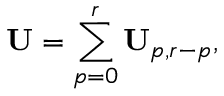
\mathbf { U } = \sum _ { p = 0 } ^ { r } \mathbf { U } _ { p , r - p } ,